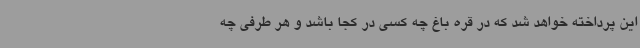
این پرداخته خواهد شد که در قره باغ چه کسی در کجا باشد و هر طرفی چه